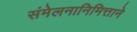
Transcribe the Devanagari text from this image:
संमेलनानिमित्ताने